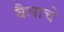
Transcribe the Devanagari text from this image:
बैलाचे